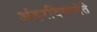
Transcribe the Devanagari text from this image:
अंडरवियरदेते